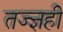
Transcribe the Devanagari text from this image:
तज्ज्ञही